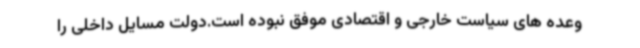
وعده های سیاست خارجی و اقتصادی موفق نبوده است.دولت مسایل داخلی را